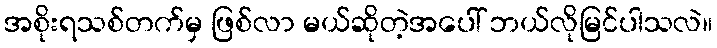
အစိုးရသစ်တက်မှ ဖြစ်လာ မယ်ဆိုတဲ့အပေါ် ဘယ်လိုမြင်ပါသလဲ။